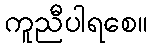
ကူညီပါရစေ။